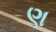
ણ